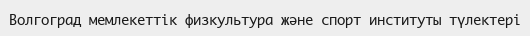
Волгоград мемлекеттік физкультура және спорт институты түлектері